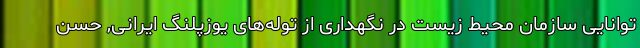
توانایی سازمان محیط زیست در نگهداری از توله‌های یوزپلنگ ایرانی, حسن